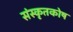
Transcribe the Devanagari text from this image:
संस्कृतकाेष